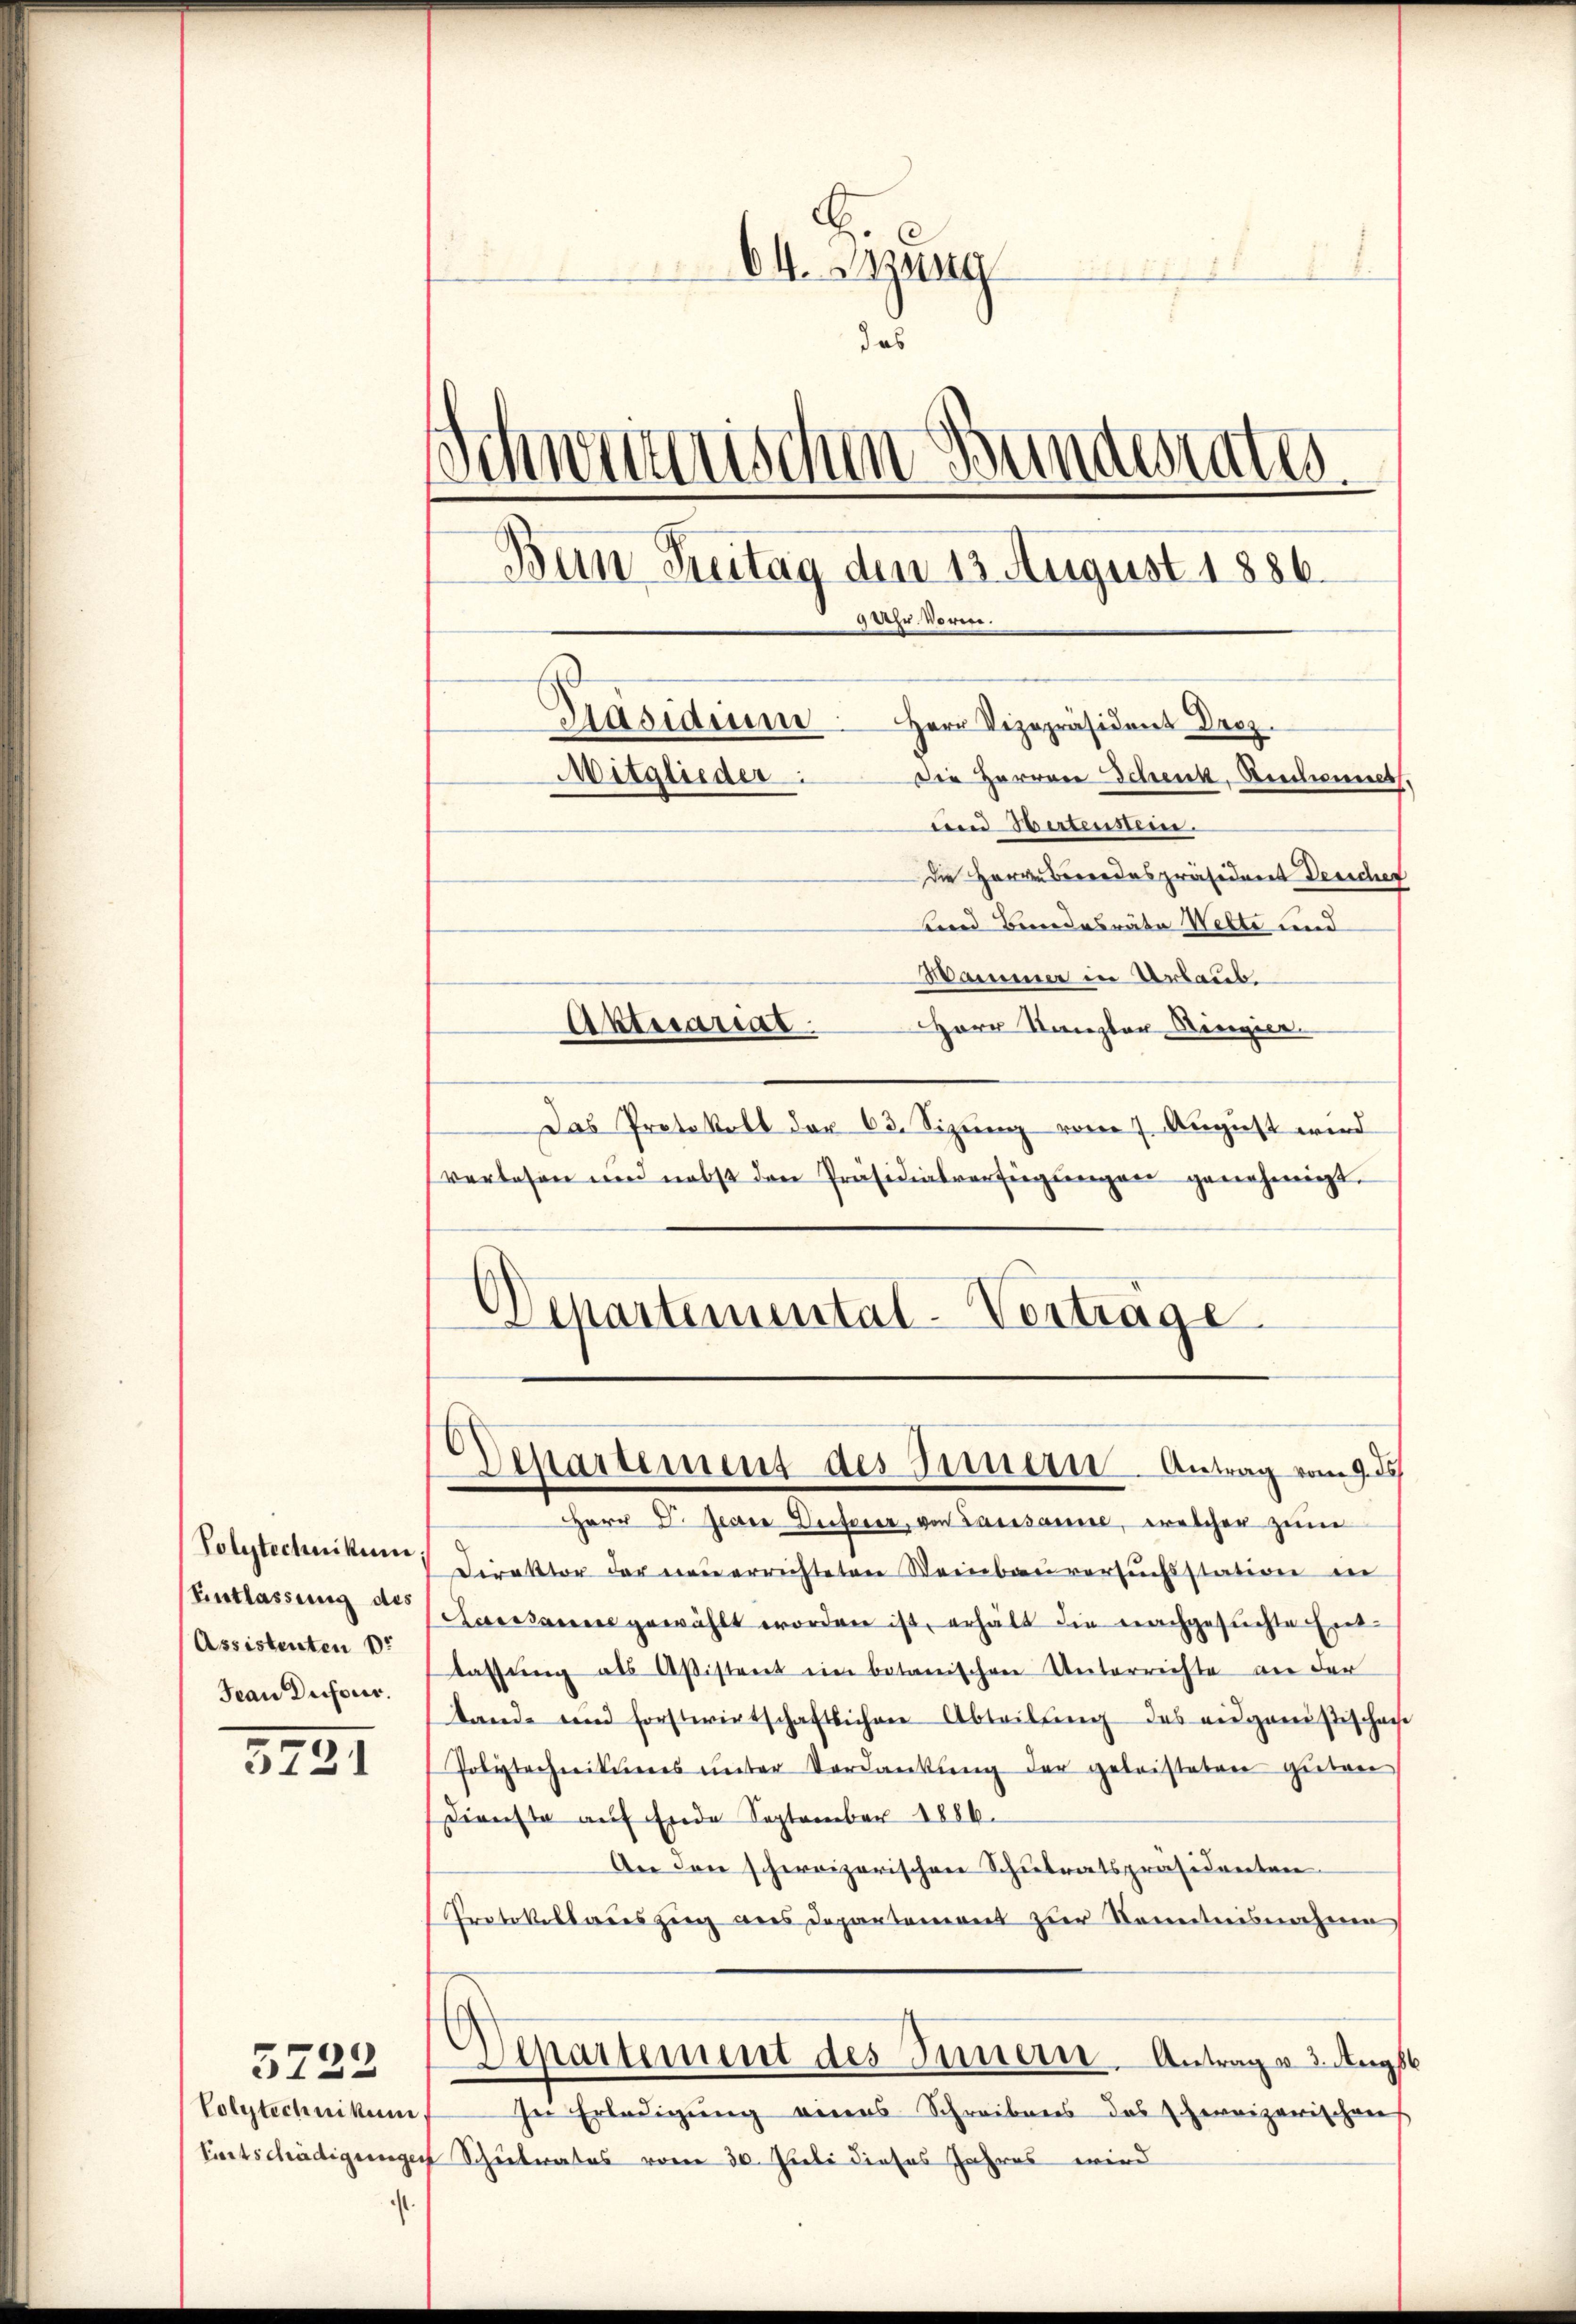
Entlassung des
(Assistenten Dr
Jean Dufour.

5721

Colytechnikum

5722

¬

64. Sitzung
I
das
Schweizerischen Bunderentes.
Bun Freitag den 13. August 1886.
9 Uhr. Vorm.
Pasidium
Herr Vizepräsident Droz.
Mitglieder:
Die Harrare Schenk, Bedienet.
und Hertensein.
die Herrn Berendespräsident Desicher

Herr D. Jecere Dieserer, von Lausanne, welcher zum
Polytechnikum Direktor der neuerrichteten Weinbauversuchsstation in
Saissance gewählt worden ist, erhält die nachgesuchte Entlassŭng als Aßistent ein botanischen Unterrichte an der
tande und forstwirtschaftlichen Abteilŭng des eidganistischene
Polytechnittees ŭnter Verdankŭng der geleisteten gŭten
Dienste auf Ende September 1886.
An den schweizerischen Schulratspräsidenten
Protokolladeszug aus Departement zur Kenntnisnahmen
Departement des Innern, Antrages 3. Augst
sei Erledigung eines Schreibens des Ehereizerischens
Entschädigungen Schulrates vom 30. Juli dieses Jahres wird

Departement des Innern. Antrag vom 9. ds

und Bundesräte Wette und
ammer in Urlaub.
Aktesariat.
Herr Kanzler Ringier
Das Protokoll der 63. Sizŭng vom 7. Aŭgŭst wird
verlesen und nebst den Präsidialverfügŭngen genehmigt.
Departemental-Verträge